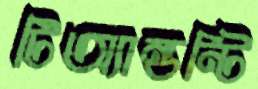
টিঅ্যান্ডন্টি